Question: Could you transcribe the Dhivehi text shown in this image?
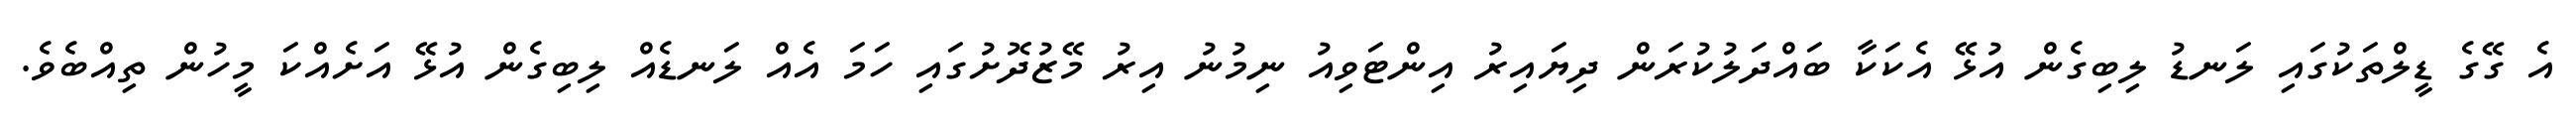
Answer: އެ ގޭގެ ޑީލްތަކުގައި ލަނޑު ލިބިގެން އުޅޭ އެކަކާ ބައްދަލުކުރަން ދިޔައިރު އިންޓަވިއު ނިމުނު އިރު މޭޒުދޮށުގައި ހަމަ އެއް ލަނޑެއް ލިބިގެން އުޅޭ އަށެއްކަ މީހުން ތިއްބެވެ.